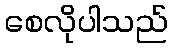
စေလိုပါသည်